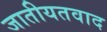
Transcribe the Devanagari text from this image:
जातीयतवाद